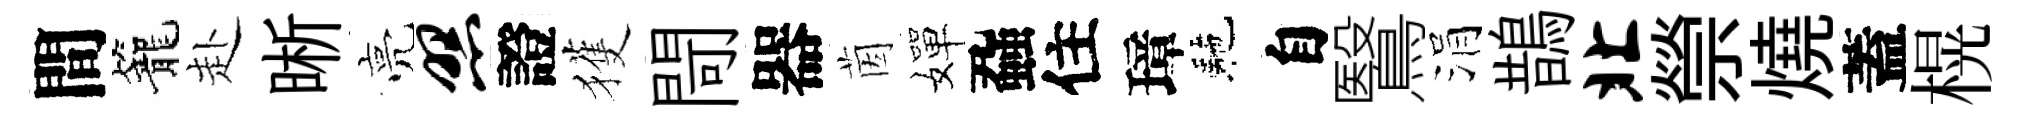
間籠赴晰亮照證獲閜器茵嬋蝨住璋駰自鷖涓鵲北禜燒蓋榥